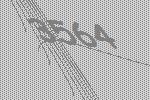
3564